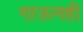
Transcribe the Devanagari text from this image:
गाऊनही